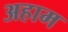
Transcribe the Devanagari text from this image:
अहाम